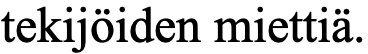
tekijöiden miettiä.